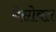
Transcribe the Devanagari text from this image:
बेसोबत